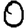
Digit: 0